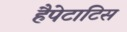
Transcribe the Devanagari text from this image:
हैपेटाटिस